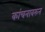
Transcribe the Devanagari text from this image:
कांचनावरुन